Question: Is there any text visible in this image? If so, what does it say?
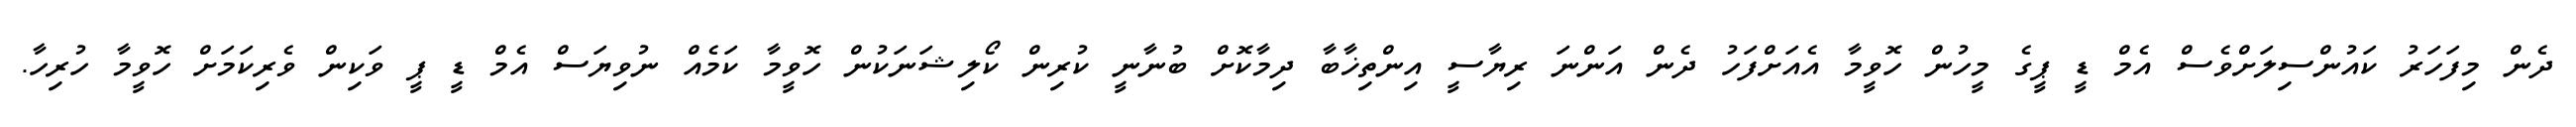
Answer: ދެން މިފަހަރު ކައުންސިލަށްވެސް އެމް ޑީ ޕީގެ މީހުން ހޮވީމާ އެއަށްފަހު ދެން އަންނަ ރިޔާސީ އިންތިޚާބާ ދިމާކޮށް ބުނާނީ ކުރިން ކޯލިޝަނަކުން ހޮވީމާ ކަމެއް ނުވިޔަސް އެމް ޑީ ޕީ ވަކިން ވެރިކަމަށް ހޮވީމާ ހުރިހާ.